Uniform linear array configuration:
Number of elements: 8
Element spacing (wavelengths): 0.5
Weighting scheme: kaiser
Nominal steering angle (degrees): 60
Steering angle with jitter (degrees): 59.327
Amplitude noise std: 0.05
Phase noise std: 0.05

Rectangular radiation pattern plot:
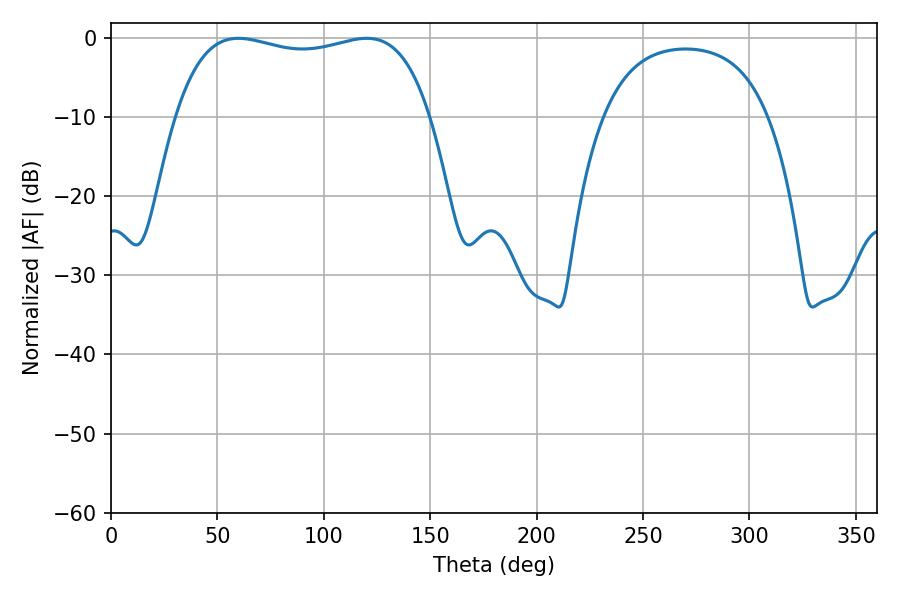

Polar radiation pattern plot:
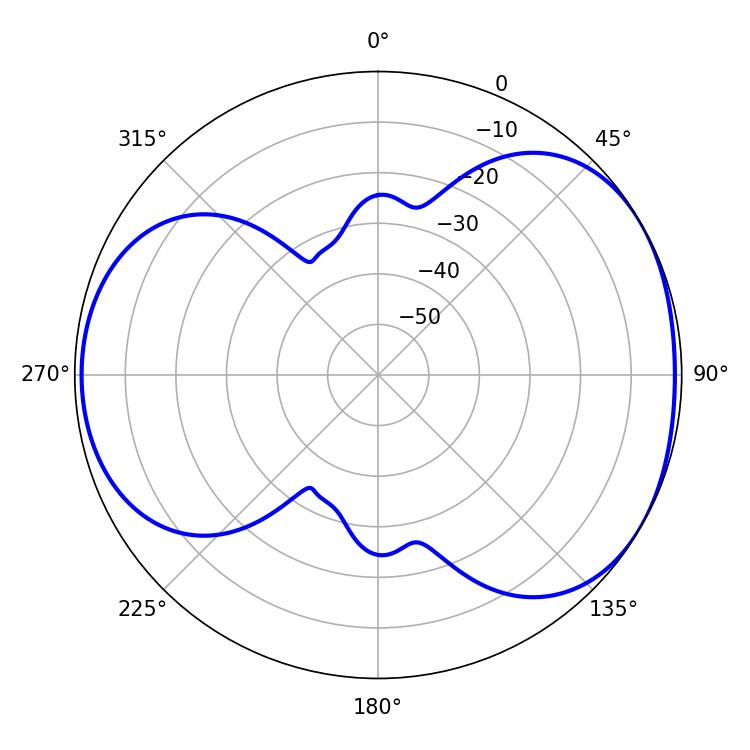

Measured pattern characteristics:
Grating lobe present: FALSE
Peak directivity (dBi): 4.554
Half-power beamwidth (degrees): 96.84
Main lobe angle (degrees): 59.76